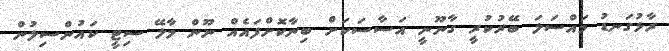
ރާޅުގަނޑު މައްސަލަ ބޭރުކުރީ ގާނޫނީ އަސާސަކަށް ބިނާކޮށްފައެއް ނޫން މާލޭ ސިޓީ ކައުންސިލުން